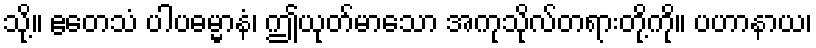
သို့။ ဧတေသံ ပါပဓမ္မာနံ၊ ဤယုတ်မာသော အကုသိုလ်တရားတို့ကို။ ပဟာနာယ၊